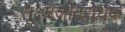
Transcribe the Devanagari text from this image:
सूक्ष्मजीवरोधक